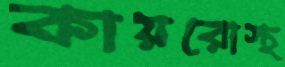
কায়রোস্থ